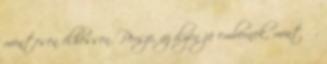
mentesen élhessen. Persze, az ilyen jó embernek, mint ő,